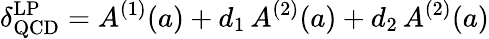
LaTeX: \delta_{\mathrm{QCD}}^{\mathrm{LP}}=A^{(1)}(a)+d_{1}\, A^{(2)}(a)+d_{2}\, A^{(2)}(a)